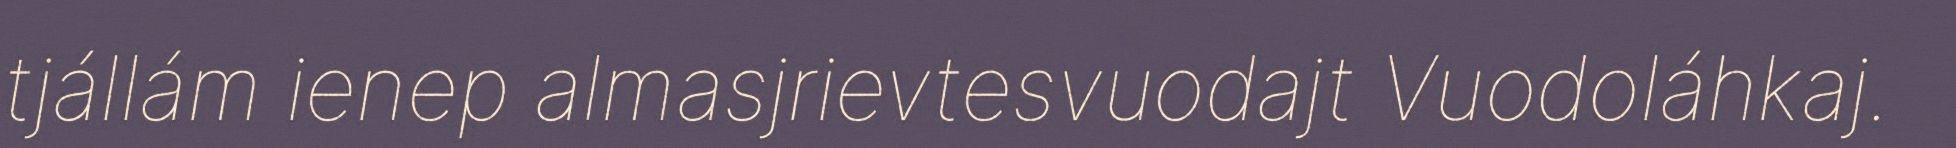
tjállám ienep almasjrievtesvuodajt Vuodoláhkaj.